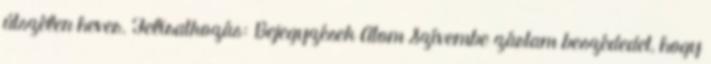
útszélen hever. Feliratkozás: Bejegyzések Atom Szívembe zártam beszédedet, hogy